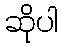
ဆိုပါ